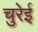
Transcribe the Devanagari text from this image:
चुरेई